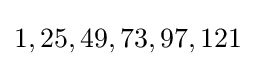
1,25,49,73,97,121